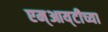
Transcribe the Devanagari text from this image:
एम्‌आय्‌टीच्या